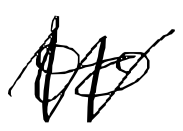
Text: to
Cross-out: zig-zag
Writing tool: digital_black